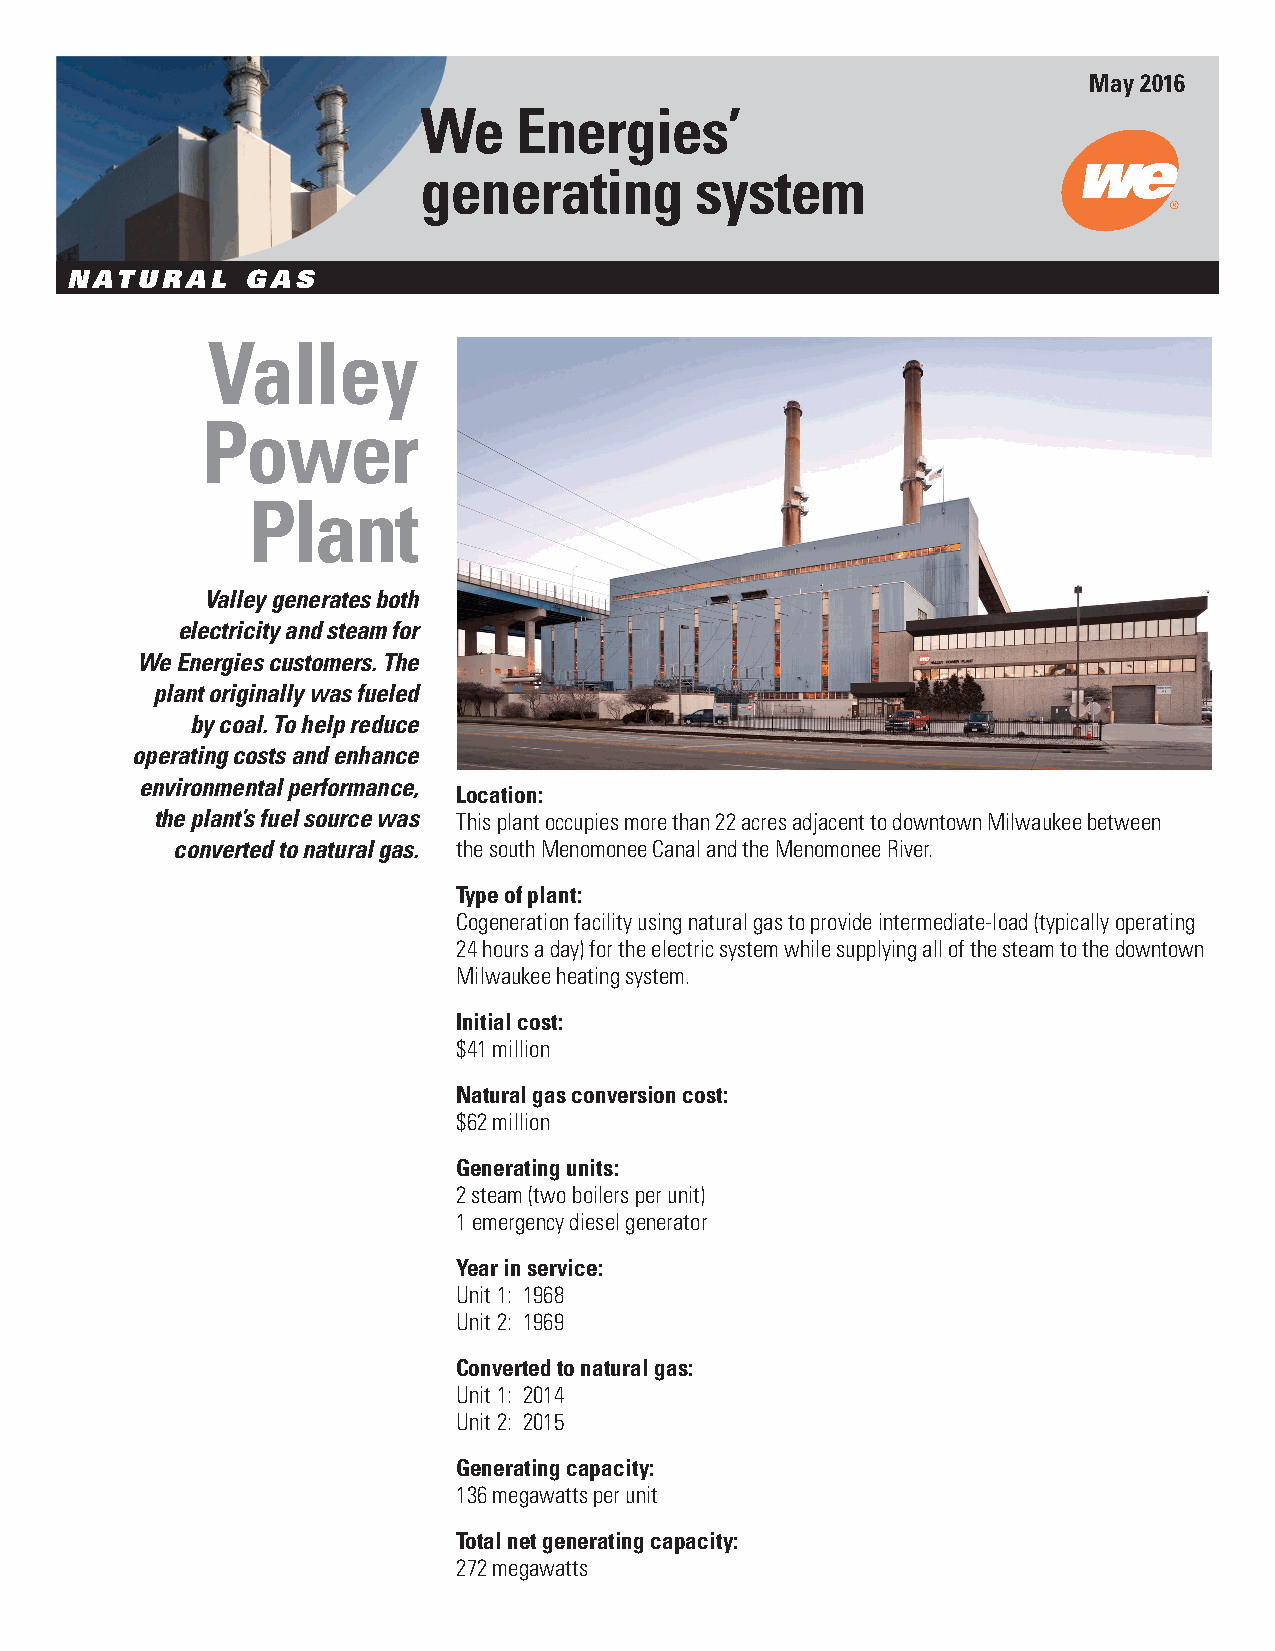
May 2016
 We    Energies’
 generating        system
 NATURAL     GAS
 Valley
 Power
 Plant
 Valley generates both
 electricity and steam for
 We Energies customers. The
 plant originally was fueled
 by coal. To help reduce
 operating costs and enhance
 environmental performance,
 Location:
 the plant’s fuel source was This plant occupies more than 22 acres adjacent to downtown Milwaukee between
 converted to natural gas. the south Menomonee Canal and the Menomonee River.
 Type of plant:
 Cogeneration facility using natural gas to provide intermediate-load (typically operating
 24 hours a day) for the electric system while supplying all of the steam to the downtown
 Milwaukee heating system.
 Initial cost:
 $41 million
 Natural gas conversion cost:
 $62 million
 Generating units:
 2 steam (two boilers per unit)
 1 emergency diesel generator
 Year in service:
 Unit 1: 1968
 Unit 2: 1969
 Converted to natural gas:
 Unit 1: 2014
 Unit 2: 2015
 Generating capacity:
 136 megawatts per unit
 Total net generating capacity:
 272 megawatts